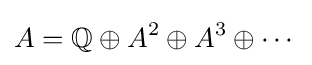
A=\mathbb {Q} \oplus A^{2}\oplus A^{3}\oplus \cdots